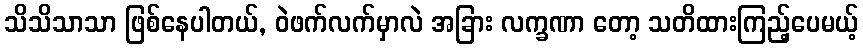
သိသိသာသာ ဖြစ်နေပါတယ်, ဝဲဖက်လက်မှာလဲ အခြား လက္ခဏာ တော့ သတိထားကြည့်ပေမယ့်